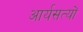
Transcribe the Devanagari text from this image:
आर्यसत्यों